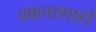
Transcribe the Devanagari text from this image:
दफ़्तरशाहों